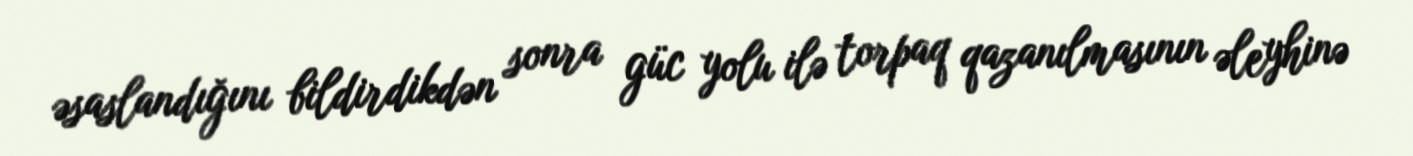
əsaslandığını bildirdikdən sonra güc yolu ilə torpaq qazanılmasının əleyhinə